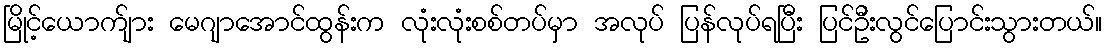
မြိုင့်ယောက်ျား မေဂျာအောင်ထွန်းက လုံးလုံးစစ်တပ်မှာ အလုပ် ပြန်လုပ်ရပြီး ပြင်ဦးလွင်ပြောင်းသွားတယ်။